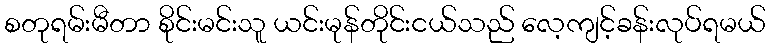
စတုရမ်းမီတာ စိုင်းမင်းသူ ယင်းမုန်တိုင်းငယ်သည် လေ့ကျင့်ခန်းလုပ်ရမယ်